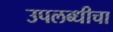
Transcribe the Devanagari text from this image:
उपलब्धीचा